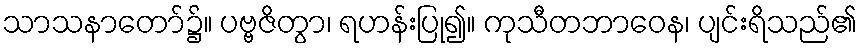
သာသနာတော်၌။ ပဗ္ဗဇိတွာ၊ ရဟန်းပြု၍။ ကုသီတဘာဝေန၊ ပျင်းရိသည်၏